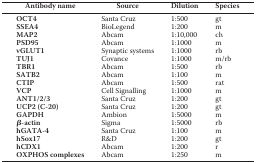
| Antibody name | Source | Dilution | Species |
 | --- | --- | --- | --- |
 | OCT4 | Santa Cruz | 1:500 | gt |
 | SSEA4 | BioLegend | 1:200 | m |
 | MAP2 | Abcam | 1:10,000 | ch |
 | PSD95 | Abcam | 1:1000 | m |
 | vGLUT1 | Synaptic systems | 1:1000 | rb |
 | TUJ1 | Covance | 1:1000 | m/rb |
 | TBR1 | Abcam | 1:500 | rb |
 | SATB2 | Abcam | 1:100 | m |
 | CTIP | Abcam | 1:500 | rat |
 | VCP | Cell Signalling | 1:1000 | m |
 | ANT1/2/3 | Santa Cruz | 1:200 | gt |
 | UCP2 (C-20) | Santa Cruz | 1:200 | gt |
 | GAPDH | Ambion | 1:5000 | m |
 | β-actin | Sigma | 1:5000 | rb |
 | hGATA-4 | Santa Cruz | 1:100 | m |
 | hSox17 | R&D | 1:200 | gt |
 | hCDX1 | Abcam | 1:200 | r |
 | OXPHOS complexes | Abcam | 1:250 | m |